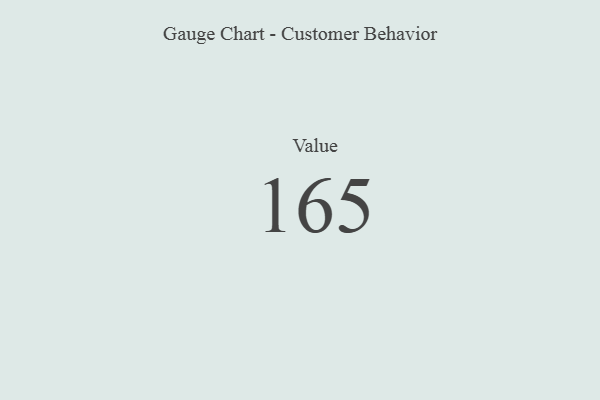
{"axis": {"x": "Metric", "y": "Value"}, "legend": [""], "data": [{"x": "Value", "y": 165, "type": ""}]}